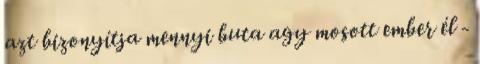
azt bizonyítja mennyi buta agy mosott ember él -